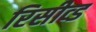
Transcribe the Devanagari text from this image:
रिसीव्ड